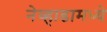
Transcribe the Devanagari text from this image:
नेव्हाडामध्ये